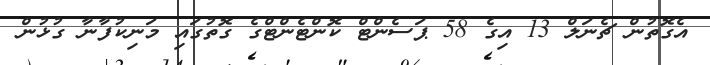
އެގޮތުން ޗެނަލް 13 އިގެ 58 ޕަސެންޓް ކޮންޓެންޓްގެ ގޮތުގައި މަނިކުފާނާ ގުޅުން